Senior Leaving Certificate Examination (including Day School Certificate (Higher) General paper), 1949
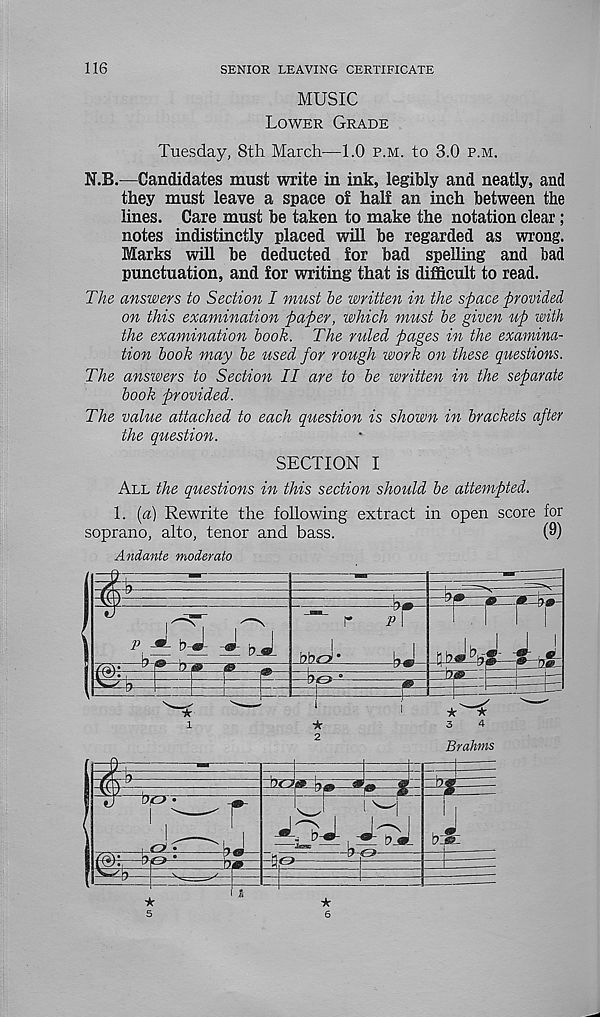
116
SENIOR LEAVING CERTIFICATE
MUSIC
Lower Grade
Tuesday, 8th March—1.0 p.m. to 3.0 p.m.
N.B.—Candidates must write in ink, legibly and neatly, and
they must leave a space of half an inch between the
lines. Care must be taken to make the notation clear ;
notes indistinctly placed will be regarded as wrong.
Marks will be deducted for bad spelling and bad
punctuation, and for writing that is difficult to read.
The answers to Section I must he written in the space provided,
on this examination paper, which must he given up with
the examination hook. The ruled pages in the examina-
tion book may be used for rough work on these questions.
The answers to Section II are to be written in the separate
hook provided.
The value attached to each question is shown in brackets after
the question.
SECTION I
All the questions in this section should be attempted.
1. {a) Rewrite the following extract in open score for
soprano, alto, tenor and bass.
(9)
Andante moderate
Brahms
5
6